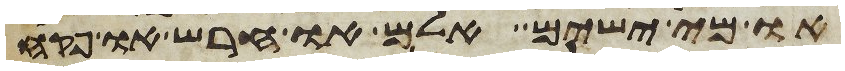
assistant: או מי ישים אלם או חרש או פקח